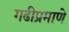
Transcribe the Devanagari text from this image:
गढीप्रमाणे